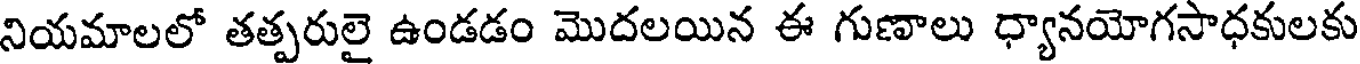
నియమాలలో తత్పరులై ఉండడం మొదలయిన ఈ గుణాలు ధ్యానయోగసాధకులకు